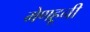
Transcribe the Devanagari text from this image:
मेणहूनी